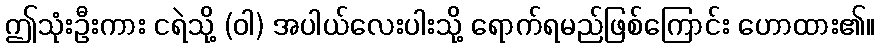
ဤသုံးဦးကား ငရဲသို့ (ဝါ) အပါယ်လေးပါးသို့ ရောက်ရမည်ဖြစ်ကြောင်း ဟောထား၏။